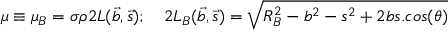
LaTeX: \mu \equiv \mu _ { B } = \sigma \rho 2 L ( \vec { b } , \vec { s } ) ; \quad 2 L _ { B } ( \vec { b } , \vec { s } ) = \sqrt { R _ { B } ^ { 2 } - b ^ { 2 } - s ^ { 2 } + 2 b s . c o s ( \theta ) }